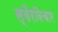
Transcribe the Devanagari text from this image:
स्वैरविचार